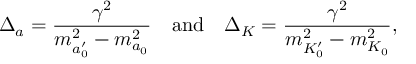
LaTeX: { \Delta } _ { a } = \frac { \gamma ^ { 2 } } { m _ { a _ { 0 } ^ { \prime } } ^ { 2 } - m _ { a _ { 0 } } ^ { 2 } } \quad \mathrm { { a n d } } \quad { \Delta } _ { K } = \frac { \gamma ^ { 2 } } { m _ { K _ { 0 } ^ { \prime } } ^ { 2 } - m _ { K _ { 0 } } ^ { 2 } } ,